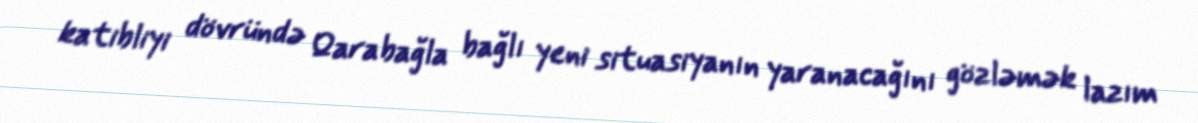
katibliyi dövründə Qarabağla bağlı yeni situasiyanın yaranacağını gözləmək lazım